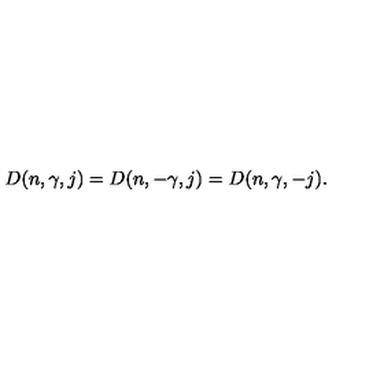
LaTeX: D ( n , \gamma , j ) = D ( n , - \gamma , j ) = D ( n , \gamma , - j ) .